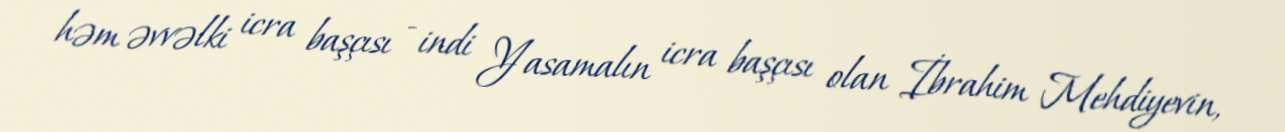
həm əvvəlki icra başçısı - indi Yasamalın icra başçısı olan İbrahim Mehdiyevin,